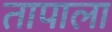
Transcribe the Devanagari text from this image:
तापाला